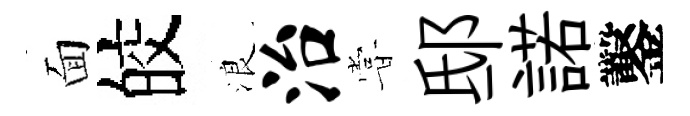
面皎浪治甞邸諾鑿